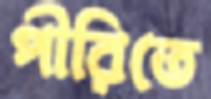
পীরিতে